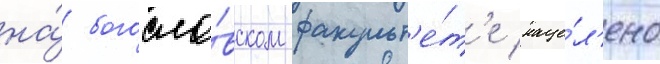
на́ богосло́вском факульт'е́т'е наце́л'ено